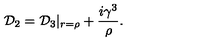
{ \cal D } _ { 2 } = { \cal D } _ { 3 } | _ { r = { \rho } } + \frac { i { \gamma } ^ { 3 } } { \rho } .